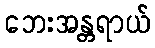
ဘေးအန္တရာယ်